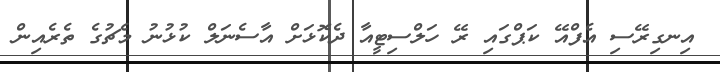
އިނގިރޭސި އެފްއޭ ކަޕްގައި ރޭ ހަލްސިޓީއާ ދެކޮޅަށް އާސެނަލް ކުޅުނު މެޗުގެ ތެރެއިން